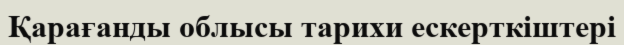
Қарағанды облысы тарихи ескерткіштері